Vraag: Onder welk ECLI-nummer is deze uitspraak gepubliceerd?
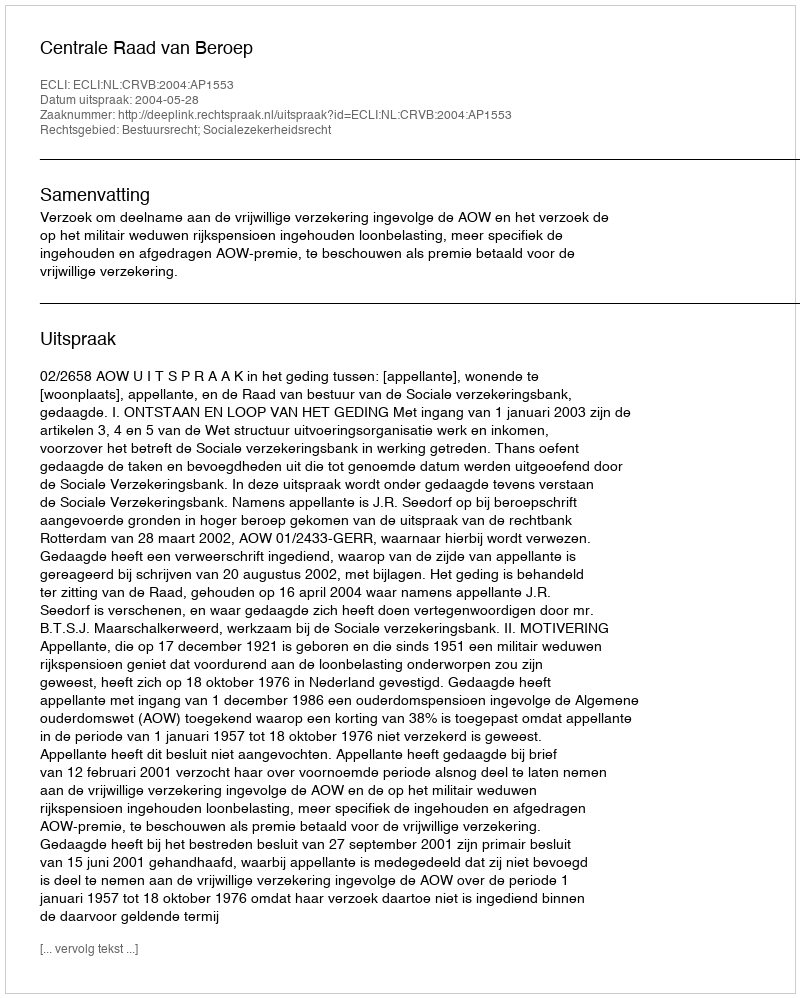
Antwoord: ECLI:NL:CRVB:2004:AP1553